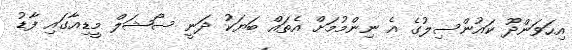
އިހަވަންދޫ ކައުންސިލުގެ އެ ނިންމުމަށް އެތައް ބަޔަކު ދަނީ ސޯޝަލް މީޑިއާގައި ފާޑު